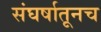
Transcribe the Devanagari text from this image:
संघर्षातूनच